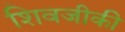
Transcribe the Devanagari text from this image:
शिवजीकी